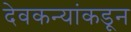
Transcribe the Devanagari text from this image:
देवकन्यांकडून